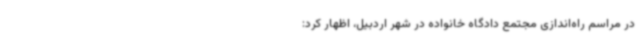
در مراسم راه‌اندازی مجتمع دادگاه خانواده در شهر اردبیل، اظهار کرد: